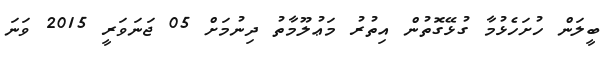
ބީލަން ހުށަހެޅުމާ ގުޅޭގޮތުން އިތުރު މަޢުލޫމާތު ދިނުމަށް 05 ޖަނަވަރީ 2015 ވަނަ